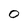
Character: O